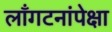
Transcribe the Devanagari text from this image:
लाँगटनांपेक्षा